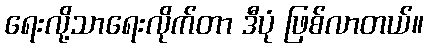
ရေးလို့သာရေးလိုက်တာ ဒီပုံ ဖြစ်လာတယ်။